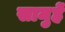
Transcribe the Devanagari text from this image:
सामुहें